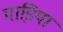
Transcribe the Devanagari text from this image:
गाडि़या